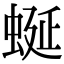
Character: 蜒